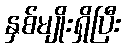
နှစ်မျိုးရှိပြီး